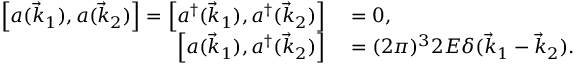
\begin{array} { r l } { \left[ a ( { \vec { k } } _ { 1 } ) , a ( { \vec { k } } _ { 2 } ) \right] = \left[ a ^ { \dagger } ( { \vec { k } } _ { 1 } ) , a ^ { \dagger } ( { \vec { k } } _ { 2 } ) \right] } & { { } = 0 , } \\ { \left[ a ( { \vec { k } } _ { 1 } ) , a ^ { \dagger } ( { \vec { k } } _ { 2 } ) \right] } & { { } = ( 2 \pi ) ^ { 3 } 2 E \delta ( { \vec { k } } _ { 1 } - { \vec { k } } _ { 2 } ) . } \end{array}